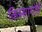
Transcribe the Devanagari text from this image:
क़िस्सागोई